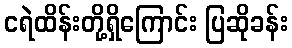
ငရဲထိန်းတို့ရှိကြောင်း ပြဆိုခန်း